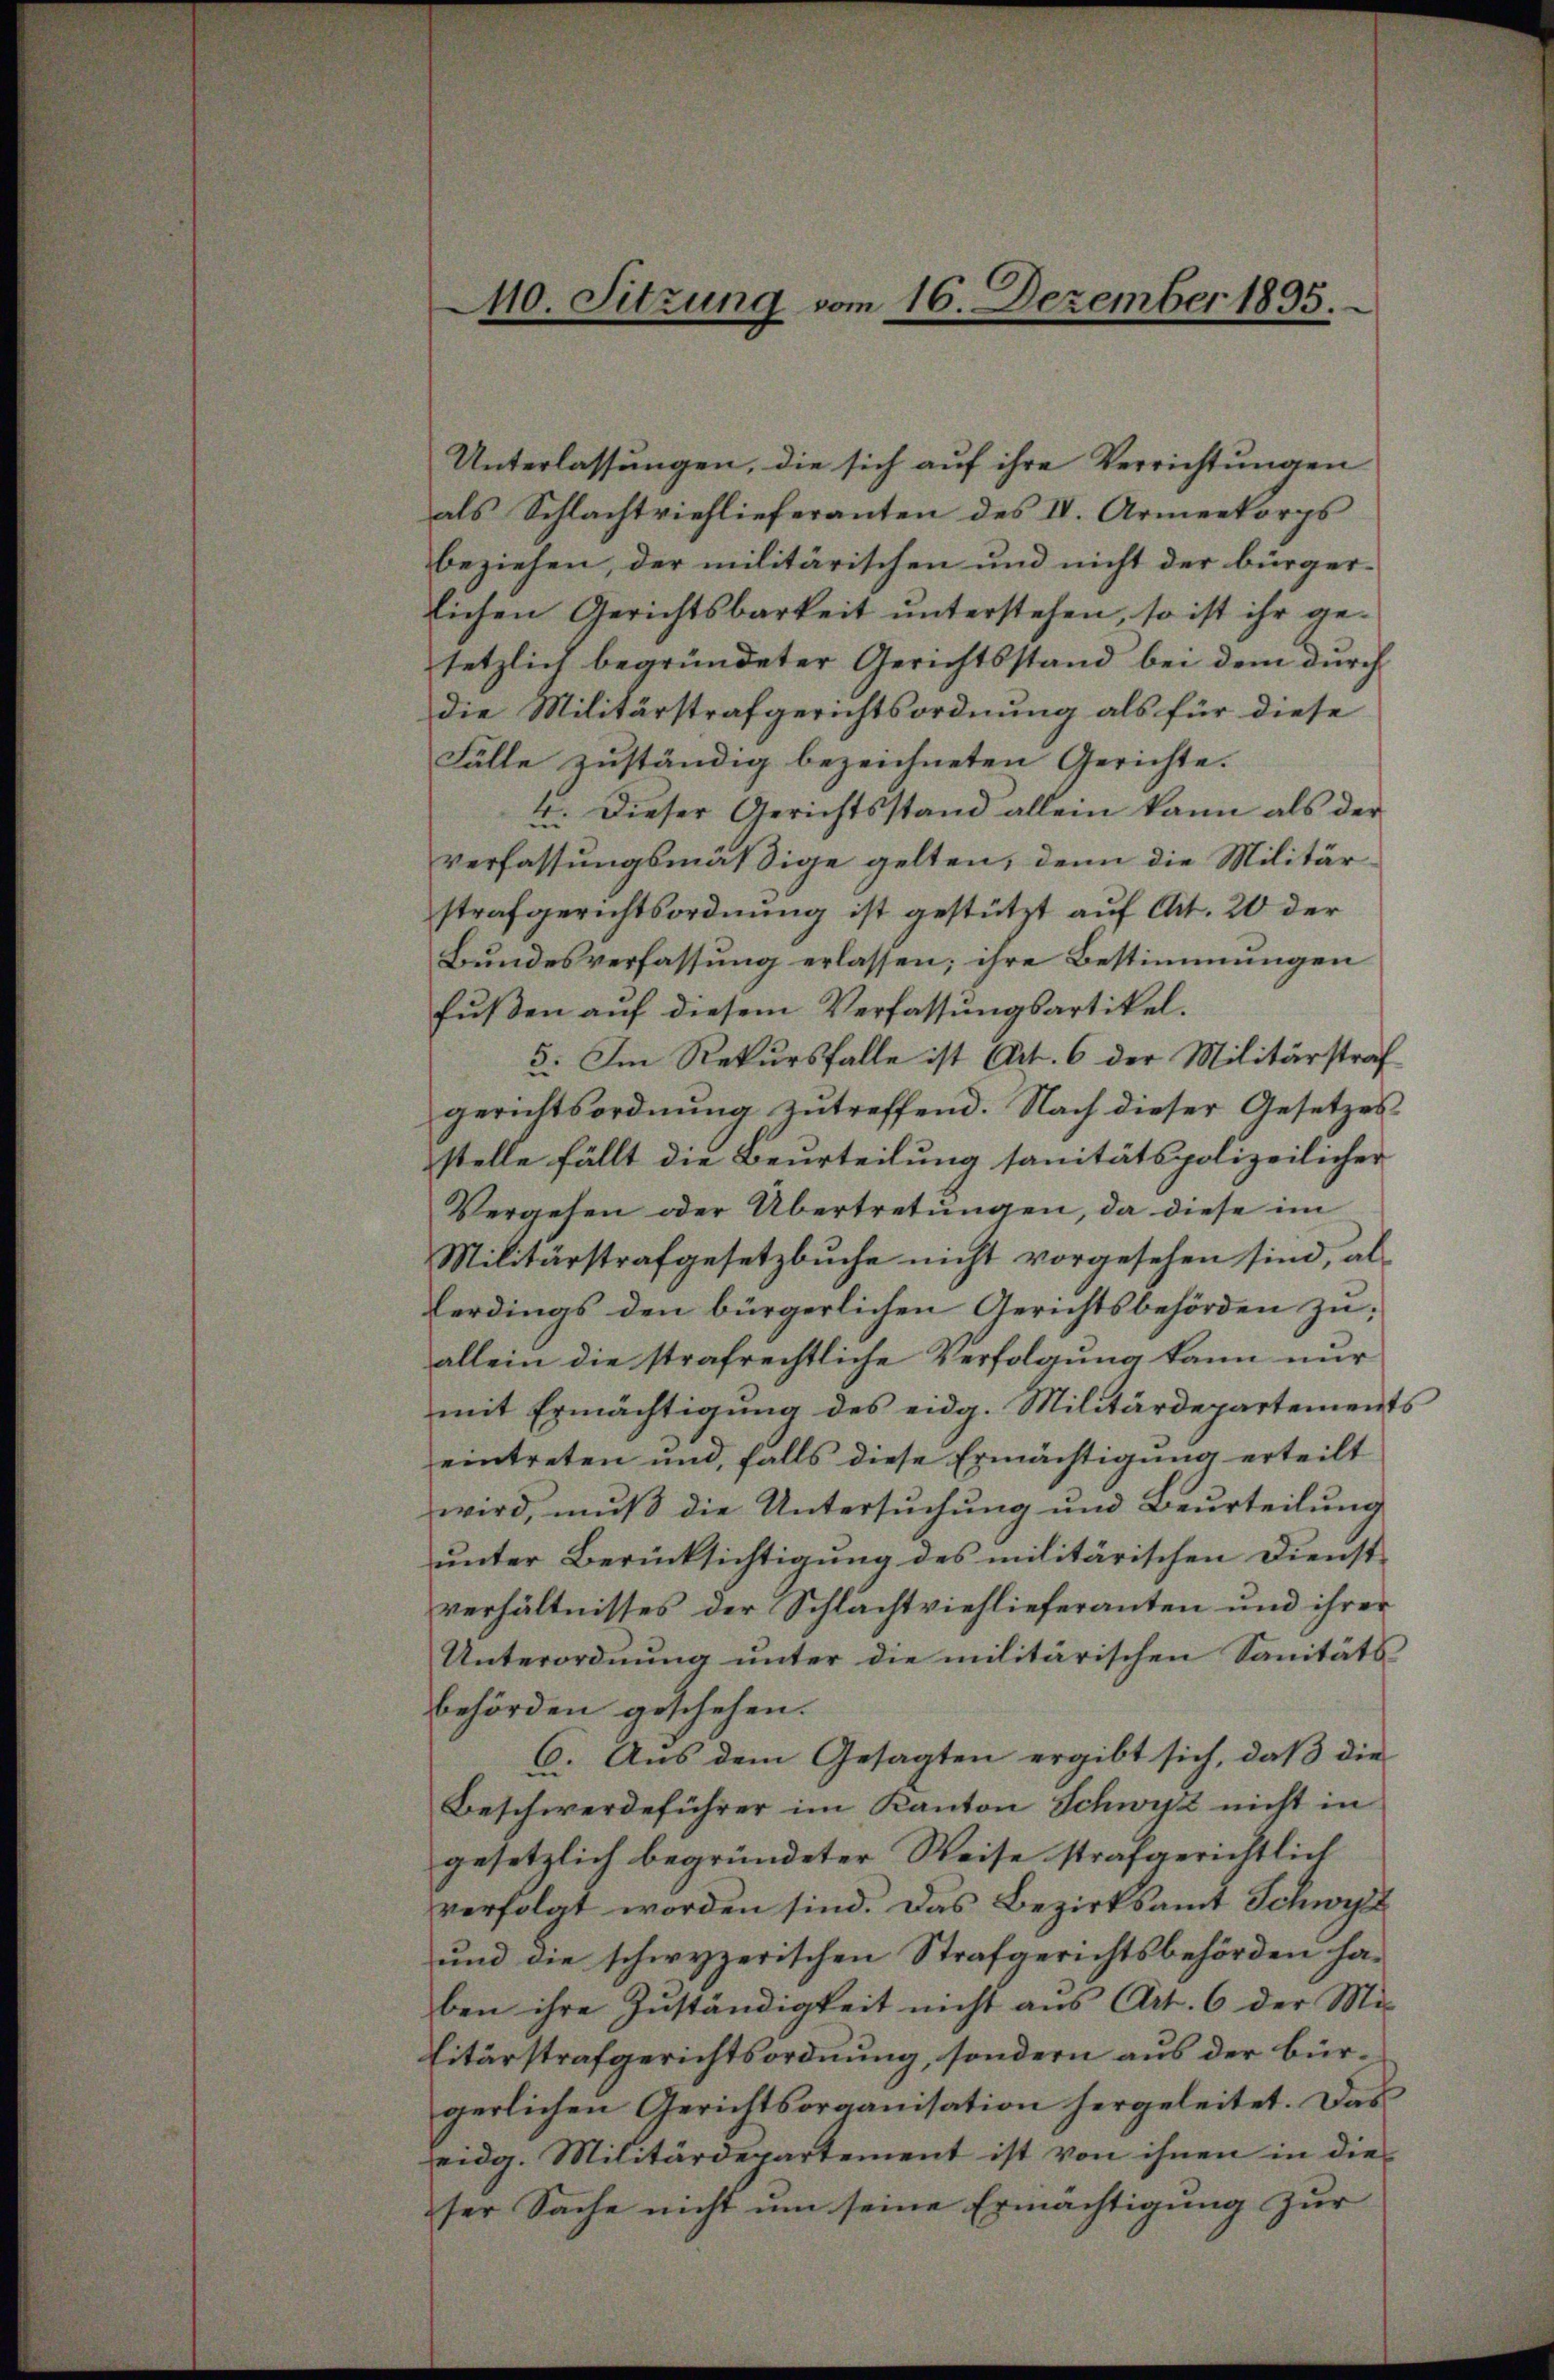
0. Sitzung vom 16. Dezember 1895.

Unterlassungen, die sich auf ihre Verrichtungen
als Schlachtviehlieferanten des IV. Armeekorps
beziehen, der militärischen und nicht der bürger-
lichen Gerichtsbarkeit unterstehen, so ist ihr gesetzlich begründeter Gerichtsstand bei dem durch
die Militärstrafgerichtsordnung als für diese
Fälle zuständig bezeichneten Gerichte.
4. Dieser Gerichtsstand allein kann als der
verfassungsmäßige gelten, denn die Militärstrafgerichtsordnung ist gestützt auf Art. 20 der
Bundesverfassung erlassen; ihre Bestimmungen
fußen auf diesem Verfassungsartikel.
5. Im Rekursfalle ist Art. 6 der Militärstraf
gerichtsordnung zutreffend. Nach dieser Gesetzes
stelle fällt die Beurteilung sanitätspolizeilicher
Vergehen oder Übertretungen, da diese im
Militärstrafgesetzbuche nicht vorgesehen sind, als
lerdings den bürgerlichen Gerichtsbehörden zuallein die strafrechtliche Verfolgung kann nur
mit Ermächtigung des eidg. Militärdepartements
eintreten und, falls diese Ermächtigung erteilt
wird, muß die Untersuchung und Beurteilung
unter Berücksichtigung des militärischen Dienst-
verhältnisses der Schlachtviehlieferanten und ihrer
Unterordnung unter die militärischen Sanitäts
behörden geschehen.
6. Aus dem Gesagten ergibt sich, daß die
Beschwerdeführer im Kanton Schwyz nicht in
gesetzlich begründeter Weise strafgerichtlich
verfolgt worden sind. Das Bezirksamt Schwyz
und die schwyzerischen Strafgerichtsbehörden ha-
ben ihre Zuständigkeit nicht aus Art. 6 der Mi-
litärstrafgerichtsordnung, sondern aus der bürgerlichen Gerichtsorganisation hergeleitet. Das
eidg. Militärdepartement ist von ihnen in die
ser Sache nicht um seine Ermächtigung zur